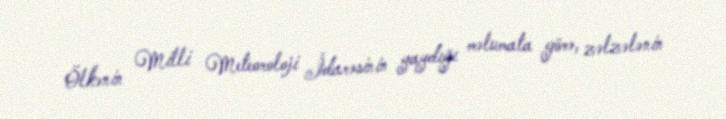
Ölkənin Milli Meteoroloji İdarəsinin yaydığı məlumata görə, zəlzələnin